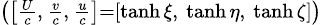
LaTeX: \scriptstyle\left(\left[{\frac{U}{c}},\ {\frac{v}{c}},\ {\frac{u}{c}}\right]=\left[\operatorname{tanh}\xi,\ \operatorname{tanh}\eta,\ \operatorname{tanh}\zeta\right]\right)